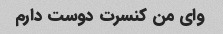
وای من کنسرت دوست دارم